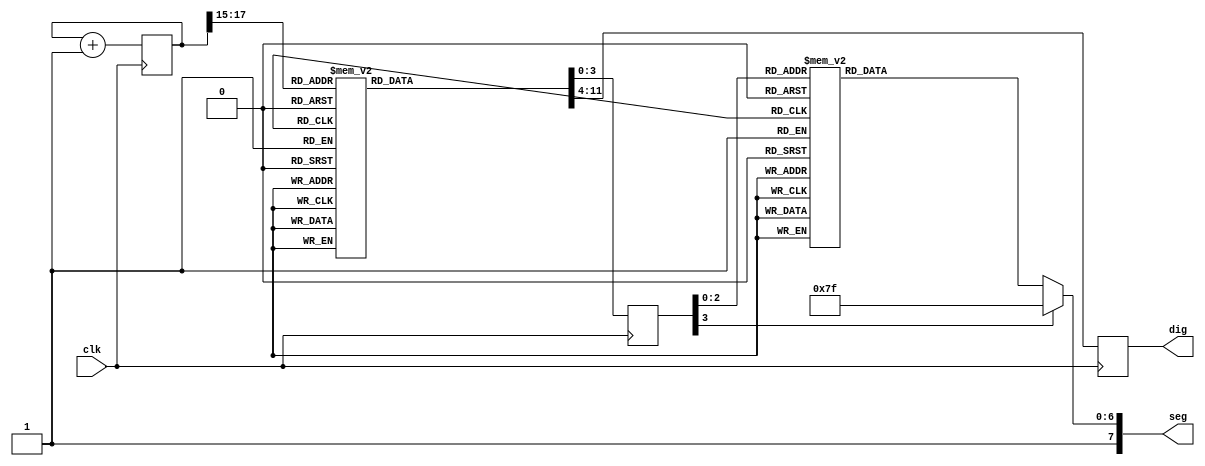
`timescale 1ns / 1ps

module SSD(clk, seg, dig);

input clk;
output [7:0] seg;
output [7:0] dig;

parameter N = 18;

reg [N-1:0] count;
reg [3:0] dd;
reg [7:0] seg;
reg [7:0] an;

always @ (posedge clk)
begin 
count <= count + 1;

case(count[N-1:N-3])
3'b000:
begin 
    dd = 4'd7;
    an = 8'b11111110;
end

3'b001:
begin
    dd = 4'd6;
    an = 8'b11111101;
end

3'b010:
begin
    dd = 4'd5;
    an = 8'b11111011;
end

3'b011:
begin
    dd = 4'd4;
    an = 8'b11110111;
end

3'b100:
begin
    dd = 4'd3;
    an = 8'b11101111;
end

3'b101:
begin 
    dd = 4'd2;
    an = 8'b11011111;
end

3'b110:
begin
    dd = 4'd1;
    an = 8'b10111111;
end

3'b111:
begin
    dd = 4'd0;
    an = 8'b01111111;
end
endcase
end

assign dig = an;

always @ (dd)
    begin
    seg[7] = 1'b1;
    case (dd)
    4'd0 : seg[6:0] = 7'b1000110; //to display C
    4'd1 : seg[6:0] = 7'b0001100; // to display P
    4'd2 : seg[6:0] = 7'b0000110; // to display E
    4'd3 : seg[6:0] = 7'b1111001; //to display 1
    4'd4 : seg[6:0] = 7'b0000011; // to display 6
    4'd5 : seg[6:0] = 7'b0000011; // to display 6
    4'd6 : seg[6:0] = 7'b0001000; // to display L
    4'd7 : seg[6:0] = 7'b0000000; // to display B
    default : seg[6:0]= 7'b1111111; //blank
    endcase
end
endmodule